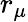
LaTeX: r_{\mu}